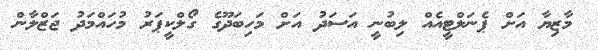
މާޒިޔާ އަށް ޕެނަލްޓީއެއް ލިބުނީ އަސަދު އަށް މަހިބަދޫގެ ގޯލްކީޕަރު މުހައްމަދު ޖަޒްލާން